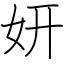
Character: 妍